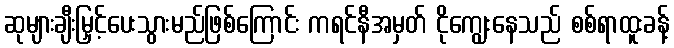
ဆုများချီးမြှင့်ပေးသွားမည်ဖြစ်ကြောင်း ကရင်နီအမှတ် ငိုကျွေးနေသည် စစ်ရာထူးခန့်